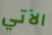
الآتي